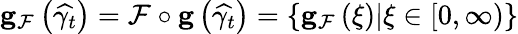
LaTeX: \begin{array}{r}{\mathbf{g}_{\mathcal{F}}\left(\widehat{\gamma_{t}}\right)=\mathcal{F}\circ\mathbf{g}\left(\widehat{\gamma_{t}}\right)=\left\{ \mathbf{g}_{\mathcal{F}}\left(\xi\right)\vert\xi\in\left[0,\infty\right)\right\} }\end{array}